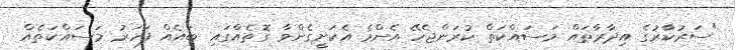
"ސަރުކާރުގެ އިދާރާތައް މަސައްކަތް ކުރަންޖެހޭ އެންމެ އެކަށީގެންވާ ގޮތެއްގައި ބައެއް ފަހަރު މަސައްކަތެއް